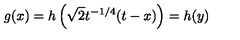
g ( x ) = h \left( \sqrt { 2 } t ^ { - 1 / 4 } ( t - x ) \right) = h ( y )